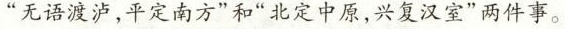
”无语渡卢，平定南方”和”北定中原，兴复汉室”两件事。